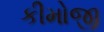
કીમોજી